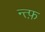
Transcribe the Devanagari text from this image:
न्त्फ़